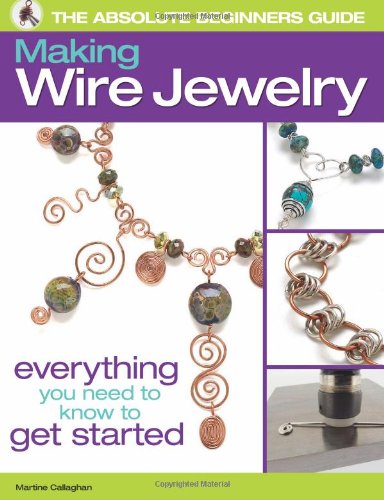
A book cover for The Absolute Beginners Guide: Making Wire Jewelry; Martine Callaghan; Crafts, Hobbies & Home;